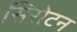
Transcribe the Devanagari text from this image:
सिंरोटन